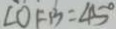
\angle O F B = 4 5 ^ { \circ }